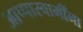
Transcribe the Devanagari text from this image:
आप्पास्‍वामींना